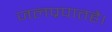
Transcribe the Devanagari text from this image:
जलप्रपातहै।